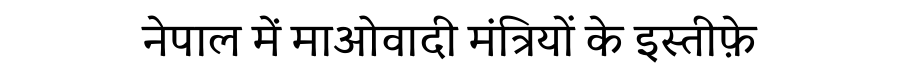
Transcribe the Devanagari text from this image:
नेपाल में माओवादी मंत्रियों के इस्तीफ़े